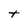
Character: t